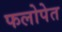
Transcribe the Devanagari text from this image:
फलोपेत